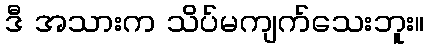
ဒီ အသားက သိပ်မကျက်သေးဘူး။